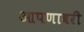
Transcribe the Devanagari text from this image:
आपणावरी